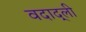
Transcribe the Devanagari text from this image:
वदाद्ली